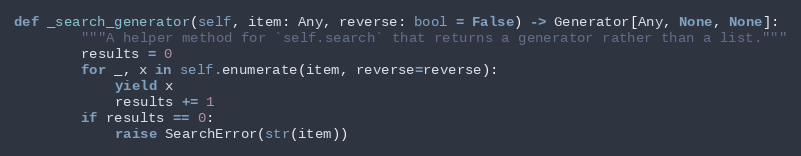
Language: Python
def _search_generator(self, item: Any, reverse: bool = False) -> Generator[Any, None, None]:
        """A helper method for `self.search` that returns a generator rather than a list."""
        results = 0
        for _, x in self.enumerate(item, reverse=reverse):
            yield x
            results += 1
        if results == 0:
            raise SearchError(str(item))